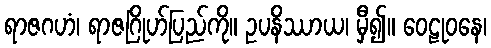
ရာဇဂဟံ၊ ရာဇဂြိုဟ်ပြည်ကို။ ဥပနိဿာယ၊ မှီ၍။ ဝေဠုဝနေ၊